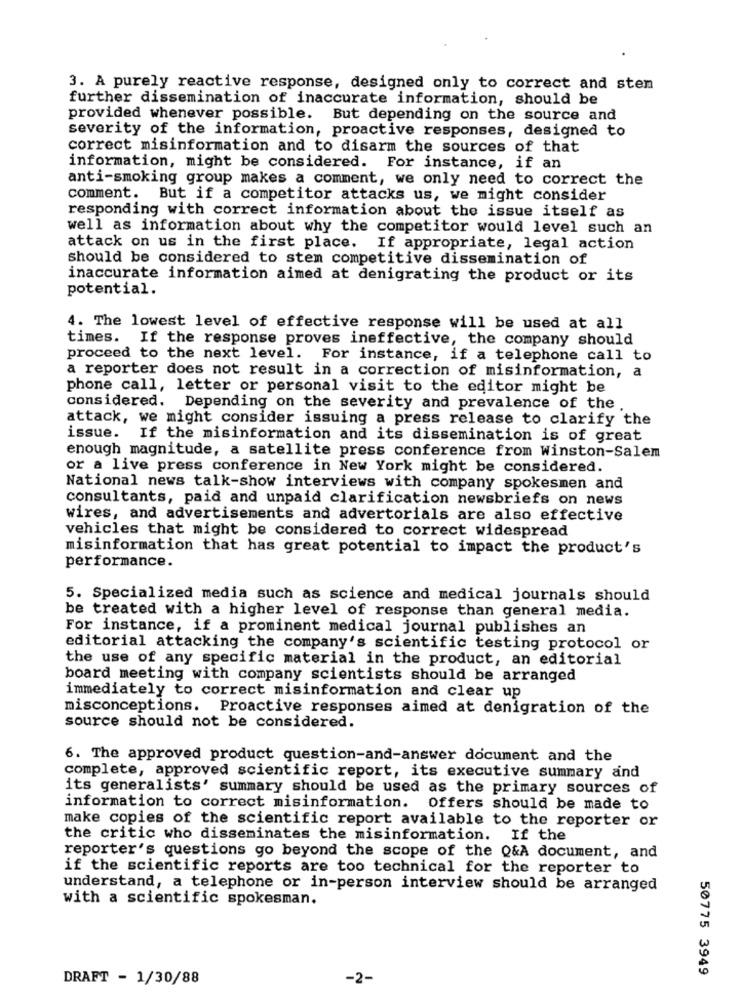
3. A purely reactive response, designed only to correct and sten
further dissemination of inaccurate information, should be
provided whenever possible. But depending on the source and
severity of the information, proactive responses, designed to
correct misinformation and to disarm the sources of that
information, might be considered. For instance, if an
anti-smoking group makes a comment, we only need to correct the
comment. But if a competitor attacks us, we might consider
responding with correct information about the issue itself as
well as information about why the competitor would level such an
attack on us in the first place. If appropriate, legal action
should be considered to stem competitive dissemination of
inaccurate information aimed at denigrating the product or its
potential.
4. The lowest level of effective response will be used at all
times. If the response proves ineffective, the company should
proceed to the next level. For instance, if a telephone call to
a reporter does not result in a correction of misinformation, a
phone call, letter or personal visit to the editor might be
considered. Depending on the severity and prevalence of the
attack, we might consider issuing a press release to clarify the
issue.
If the misinformation and its dissemination is of great
enough magnitude, a satellite press conference from Winston-Salem
or a live press conference in New York might be considered.
National news talk-show interviews with company spokesmen and
consultants, paid and unpaid clarification newsbriefs on news
wires, and advertisements and advertorials are also effective
vehicles that might be considered to correct widespread
misinformation that has great potential to impact the product's
performance.
5. Specialized media such as science and medical journals should
be treated with a higher level of response than general media.
For instance, if a prominent medical journal publishes an
editorial attacking the company's scientific testing protocol or
the use of any specific material in the product, an editorial
board meeting with company scientists should be arranged
immediately to correct misinformation and clear up
misconceptions. Proactive responses aimed at denigration of the
source should not be considered.
6. The approved product question-and-answer document and the
complete, approved scientific report, its executive summary and
its generalists' summary should be used as the primary sources of
information to correct misinformation. Offers should be made to
make copies of the scientific report available to the reporter or
the critic who disseminates the misinformation. If the
reporter's questions go beyond the scope of the Q&A document, and
if the scientific reports are too technical for the reporter to
understand, a telephone or in-person interview should be arranged
with a scientific spokesman.
50775 3949
DRAFT - 1/30/88
-2-